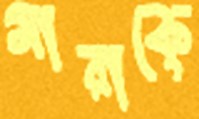
মারাকে